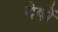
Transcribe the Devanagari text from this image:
देषों